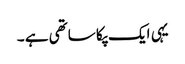
یہی ایک پکا ساتھی ہے ۔